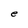
Character: e